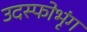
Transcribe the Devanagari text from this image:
उदस्फोभृंग